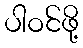
ပါဝင်ဖို့